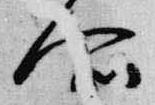
所